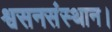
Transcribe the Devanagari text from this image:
श्वसनसंस्थान।